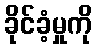
ခိုင်ခံ့မှုကို